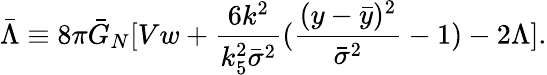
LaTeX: \bar{\Lambda}\equiv 8\pi\bar{G}_{N}[Vw+\frac{6k^{2}}{k_{5}^{2}\bar{\sigma}^{2}}(\frac{(y-\bar{y})^{2}}{\bar{\sigma}^{2}}-1)-2\Lambda].